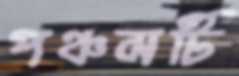
পঞ্চমটি